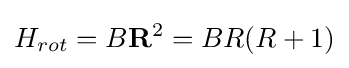
H_{rot}=B\mathbf {R} ^{2}=BR(R+1)